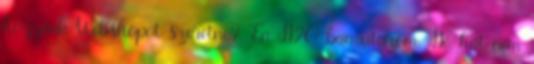
hozzánk Webshopot szeretne? "Én H2O-ban utazom. Hé, hát nem